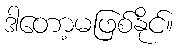
ဒါတော့မဖြစ်နိုင်။